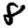
Digit: 8